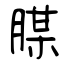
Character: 腜